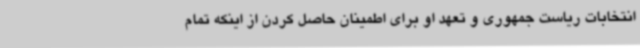
انتخابات ریاست جمهوری و تعهد او برای اطمینان حاصل کردن از اینکه تمام